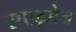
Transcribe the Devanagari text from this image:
स्पाइसेज